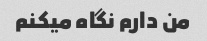
من دارم نگاه میکنم